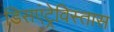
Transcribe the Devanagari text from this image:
डिसएंट्रेविस्तास